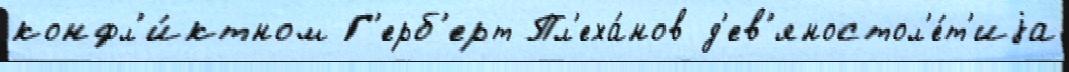
конфл'и́ктном Г'ерб'ерт Пл'еха́нов д'ев'яностол'е́т'иjа